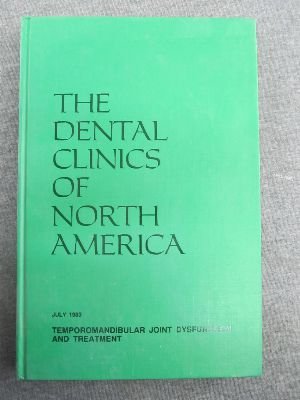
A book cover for Temporomandibular Joint Dysfunction and Treatment (The Dental Clinics of North America; Vol. 27, No. 3, July 1983); Medical Books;